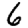
Digit: 6